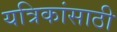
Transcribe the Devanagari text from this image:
यत्रिकांसाठी